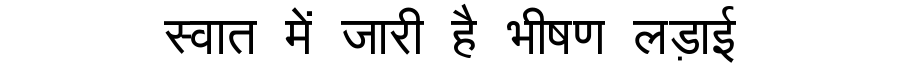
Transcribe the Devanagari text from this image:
स्वात में जारी है भीषण लड़ाई